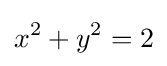
x^{2}+y^{2}=2